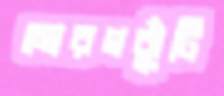
মোরগঝুঁটি